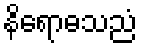
နိရောဓသညံ